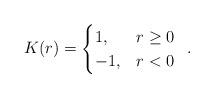
LaTeX: \begin{align*} K(r) = \begin{cases} 1, &r \geq 0\\ -1, &r < 0 \end{cases}\enspace.\end{align*}